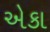
એકા